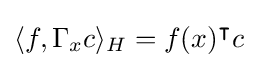
\langle f,\Gamma _{x}c\rangle _{H}=f(x)^{\intercal }c